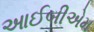
આઈબીએમ